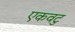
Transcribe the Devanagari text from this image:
एकवटु